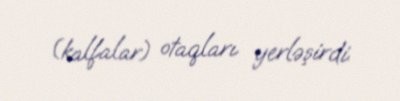
(kalfalar) otaqları yerləşirdi.